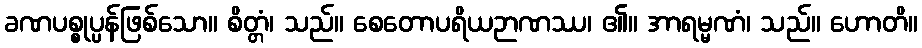
ခဏပစ္စုပ္ပန်ဖြစ်သော။ စိတ္တံ၊ သည်။ စေတောပရိယဉာဏဿ၊ ၏။ အာရမ္မဏံ၊ သည်။ ဟောတိ။